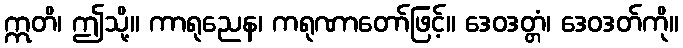
ဣတိ၊ ဤသို့။ ကာရုညေန၊ ကရုဏာတော်ဖြင့်။ ဒေဝဒတ္တံ၊ ဒေဝဒတ်ကို။